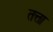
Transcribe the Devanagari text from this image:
तत्ता